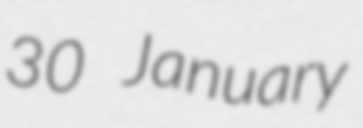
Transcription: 30 January